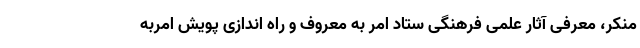
منکر، معرفی آثار علمی فرهنگی ستاد امر به معروف و راه اندازی پویش امربه